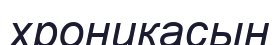
хроникасын